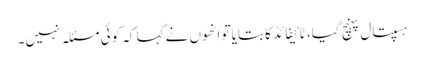
ہسپتال پہنچ گیا، ٹائیفائڈ کا بتایا تو انھوں نے کہا کہ کوئی مسئلہ نہیں۔